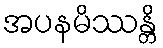
အပနမိဿန္တိ